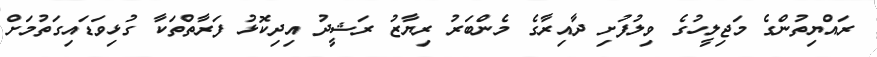
ރައްޔިތުންގެ މަޖިލީހުގެ ވިލުފުށި ދާއިރާގެ މެންބަރު ރިޔާޒު ރަޝީދު އިދިކޮޅު ފަރާތްތަކާ ގުޅިވަޑައިގަތުމަށް